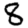
Digit: 8